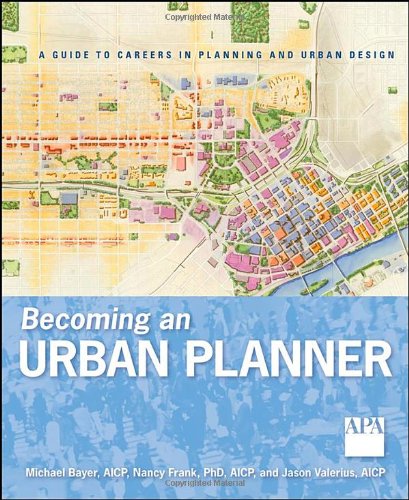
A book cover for Becoming an Urban Planner: A Guide to Careers in Planning and Urban Design; Michael Bayer; Arts & Photography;